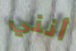
أنني